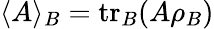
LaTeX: \langle A\rangle_{B}=\mathrm{tr}_{B}(A\rho_{B})